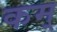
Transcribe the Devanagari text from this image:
कम्‌